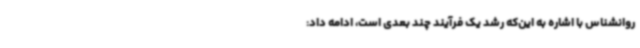
روانشناس با اشاره به این‌که رشد یک فرآیند چند بعدی است، ادامه داد: